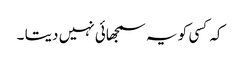
کہ کسی کو یہ سمجھائی نہیں دیتا ۔